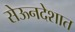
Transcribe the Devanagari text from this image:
सेऊनदेशात